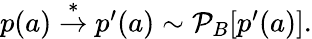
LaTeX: \begin{array}{r}{p(a)\stackrel{*}{\rightarrow}p^{\prime}(a)\sim\mathcal{P}_{B}[p^{\prime}(a)].}\end{array}